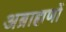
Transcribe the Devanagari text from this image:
अब्राह्मणों